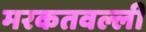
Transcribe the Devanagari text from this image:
मरकतवल्ली